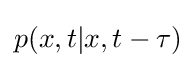
p(x,t|x,t-\tau )